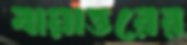
বায়াত্তরের